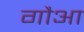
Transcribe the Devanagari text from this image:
गौआ